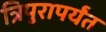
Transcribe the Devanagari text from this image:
त्रिपुरापर्यंत